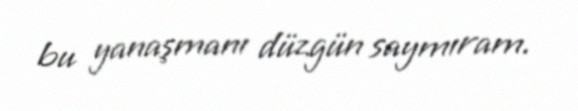
bu yanaşmanı düzgün saymıram.